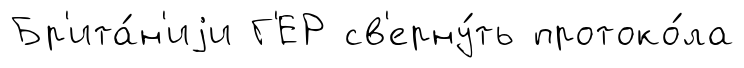
Бр'ита́н'иjи Г'ЕР св'ерну́ть протоко́ла